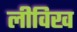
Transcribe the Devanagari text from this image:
लीविख